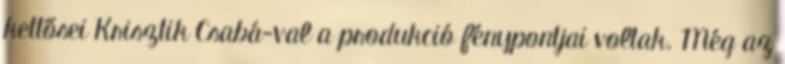
kettősei Krisztik Csabá-val a produkció fénypontjai voltak. Még az